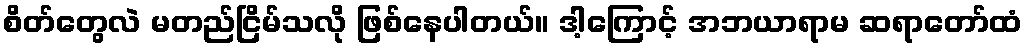
စိတ်တွေလဲ မတည်ငြိမ်သလို ဖြစ်နေပါတယ်။ ဒါ့ကြောင့် အဘယာရာမ ဆရာတော်ထံ